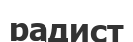
радист